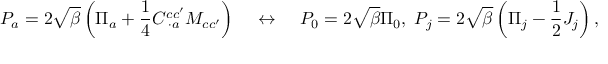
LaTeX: P _ { a } = 2 \sqrt { \beta } \left( \Pi _ { a } + \frac { 1 } { 4 } C _ { \; \cdot a } ^ { c c ^ { \prime } } M _ { c c ^ { \prime } } \right) \; \; \; \; \leftrightarrow \; \; \; \; P _ { 0 } = 2 \sqrt { \beta } \Pi _ { 0 } , \; P _ { j } = 2 \sqrt { \beta } \left( \Pi _ { j } - \frac { 1 } { 2 } J _ { j } \right) ,